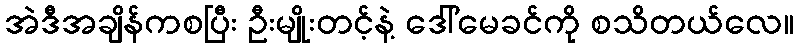
အဲဒီအချိန်ကစပြီး ဦးမျိုးတင့်နဲ့ ဒေါ်မေခင်ကို စသိတယ်လေ။